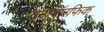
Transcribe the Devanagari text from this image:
एनामॉरफिक